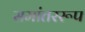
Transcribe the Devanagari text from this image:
समांतररूप